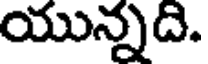
యున్నది.